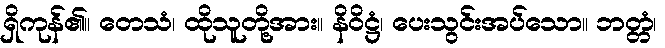
ရှိကုန်၏။ တေသံ၊ ထိုသူတို့အား။ နိဝိဋ္ဌံ၊ ပေးသွင်းအပ်သော။ ဘတ္တံ၊